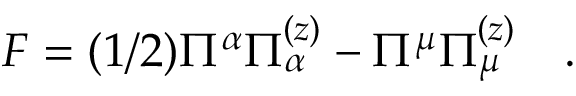
{ \cal F } = ( 1 / 2 ) \Pi ^ { \alpha } \Pi _ { \alpha } ^ { ( z ) } - \Pi ^ { \mu } \Pi _ { \mu } ^ { ( z ) } \quad .